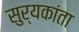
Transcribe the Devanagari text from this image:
सुर्यकांता